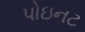
પોઇનટ